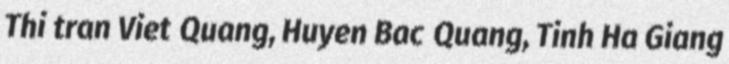
Thi tran Viet Quang, Huyen Bac Quang, Tinh Ha Giang